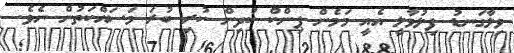
ވިލާގަނޑު ފިލުވާލީ އެއީ މަމެން ޕިންކް ކުދިން ކުރި ބުރަ މަސައްކަތުން ނެވެ.